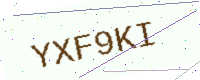
Text: YXF9KI